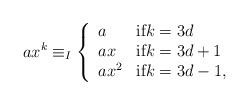
LaTeX: \begin{align*}ax^k \equiv_I \left\{ \begin{array}{ll} a & \mbox{{if}$k=3d$}\\ ax & \mbox{if$k=3d+1$}\\ ax^2 & \mbox{if$k=3d-1$},\end{array} \right.\end{align*}